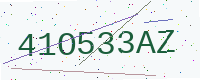
Text: 41O533AZ